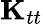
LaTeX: \mathbf{K}_{tt}